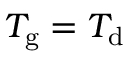
T _ { \mathrm { g } } = T _ { \mathrm { d } }